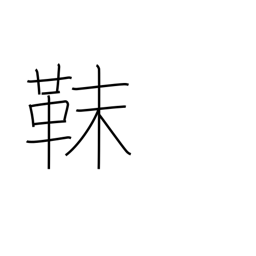
Meaning: Tungusic tribe